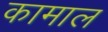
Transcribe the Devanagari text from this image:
कामाल